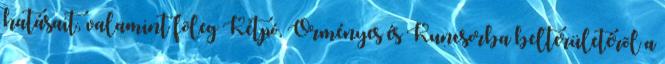
hatásait, valamint fõleg Kétpó, Örményes és Kuncsorba belterületérõl a